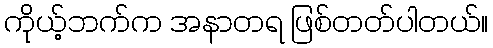
ကိုယ့်ဘက်က အနာတရ ဖြစ်တတ်ပါတယ်။